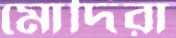
মোদিরা